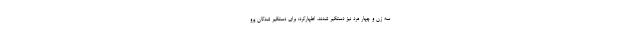
سه زن و چهار مرد نیز دستگیر شدند، اظهارکرد: برای دستگیر شدگان پرو